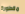
مقطورة